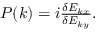
\begin{array} { r } { P ( k ) = i \frac { \delta E _ { k x } } { \delta E _ { k y } } . } \end{array}